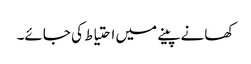
کھانے پینے میں احتیاط کی جائے۔